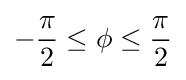
-{\frac {\pi }{2}}\leq \phi \leq {\frac {\pi }{2}}